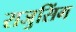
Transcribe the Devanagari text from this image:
राजुसिंग